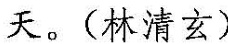
天。（林清玄）